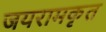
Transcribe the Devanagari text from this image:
जयरामकृत